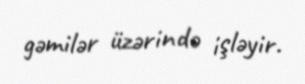
gəmilər üzərində işləyir.